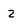
Character: Z